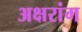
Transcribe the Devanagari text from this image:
अक्षरांग